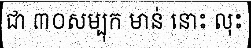
ជា ៣០សម្បុក មាន់ នោះ លុះ